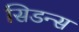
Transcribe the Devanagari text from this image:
सिडन्स